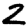
Digit: 2